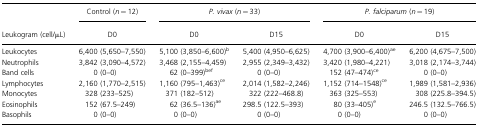
|  | Control (n = 12) | <COLSPAN=2> P. vivax (n = 33) | <COLSPAN=2> P. falciparum (n = 19) |
 | Leukogram (cell/μL) | D0 | D0 | D15 | D0 | D15 |
 | --- | --- | --- | --- | --- | --- |
 | Leukocytes | 6,400 (5,650–7,550) | 5,100 (3,850–6,600)b | 5,400 (4,950–6,625) | 4,700 (3,900–6,400)ae | 6,200 (4,675–7,500) |
 | Neutrophils | 3,842 (3,090–4,572) | 3,468 (2,155–4,459) | 2,955 (2,349–3,432) | 3,420 (1,980–4,221) | 3,018 (2,174–3,744) |
 | Band cells | 0 (0–0) | 62 (0–399)bef | 0 (0–0) | 152 (47–474)ce | 0 (0–0) |
 | Lymphocytes | 2,160 (1,770–2,515) | 1,160 (795–1,463)ce | 2,014 (1,582–2,246) | 1,152 (714–1548)ce | 1,989 (1,581–2,936) |
 | Monocytes | 328 (233–525) | 371 (182–512) | 322 (222–468.8) | 363 (325–553) | 308 (225.8–394.5) |
 | Eosinophils | 152 (67.5–249) | 62 (36.5–136)ae | 298.5 (122.5–393) | 80 (33–405)e | 246.5 (132.5–766.5) |
 | Basophils | 0 (0–0) | 0 (0–0) | 0 (0–0) | 0 (0–0) | 0 (0–0) |